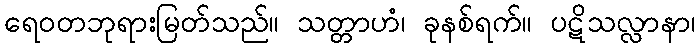
ရေဝတဘုရားမြတ်သည်။ သတ္တာဟံ၊ ခုနစ်ရက်။ ပဋိသလ္လာနာ၊